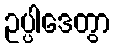
ဥပ္ပါဒေတွာ